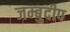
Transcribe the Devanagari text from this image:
जम्बुदीप